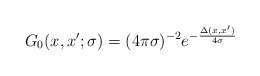
\begin{align*}G_0(x,x';\sigma)=(4\pi\sigma)^{-2}e^{-\frac{\Delta(x,x')}{4\sigma}} \end{align*}